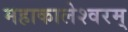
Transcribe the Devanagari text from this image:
महाकालेश्वरम्